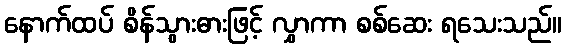
နောက်ထပ် စိန်သွားဓားဖြင့် လွှာကာ စစ်ဆေး ရသေးသည်။